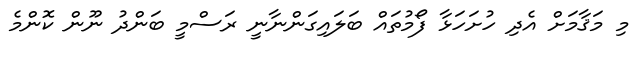
މި މަޤާމަށް އެދި ހުށަހަޅާ ފޯމުތައް ބަލައިގަންނާނީ ރަސްމީ ބަންދު ނޫން ކޮންމެ